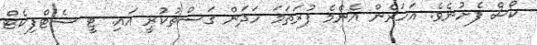
ކޯސް ފެށުނެވެ. އަހަރެން އެންމެ ފުރަތަމަ ހަދަން ގަސްތުކުރީ އައި. ޓީ ސެޓްފިކެޓް